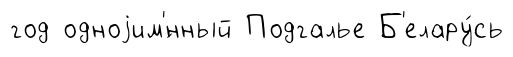
год одноjим'́нный Подгалье Б'елару́сь